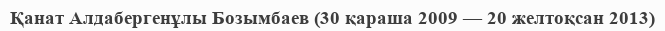
Қанат Алдабергенұлы Бозымбаев (30 қараша 2009 — 20 желтоқсан 2013)